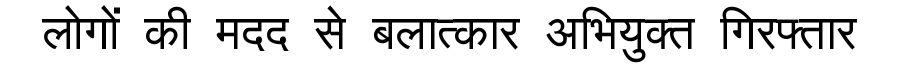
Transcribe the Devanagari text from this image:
लोगों की मदद से बलात्कार अभियुक्त गिरफ्तार